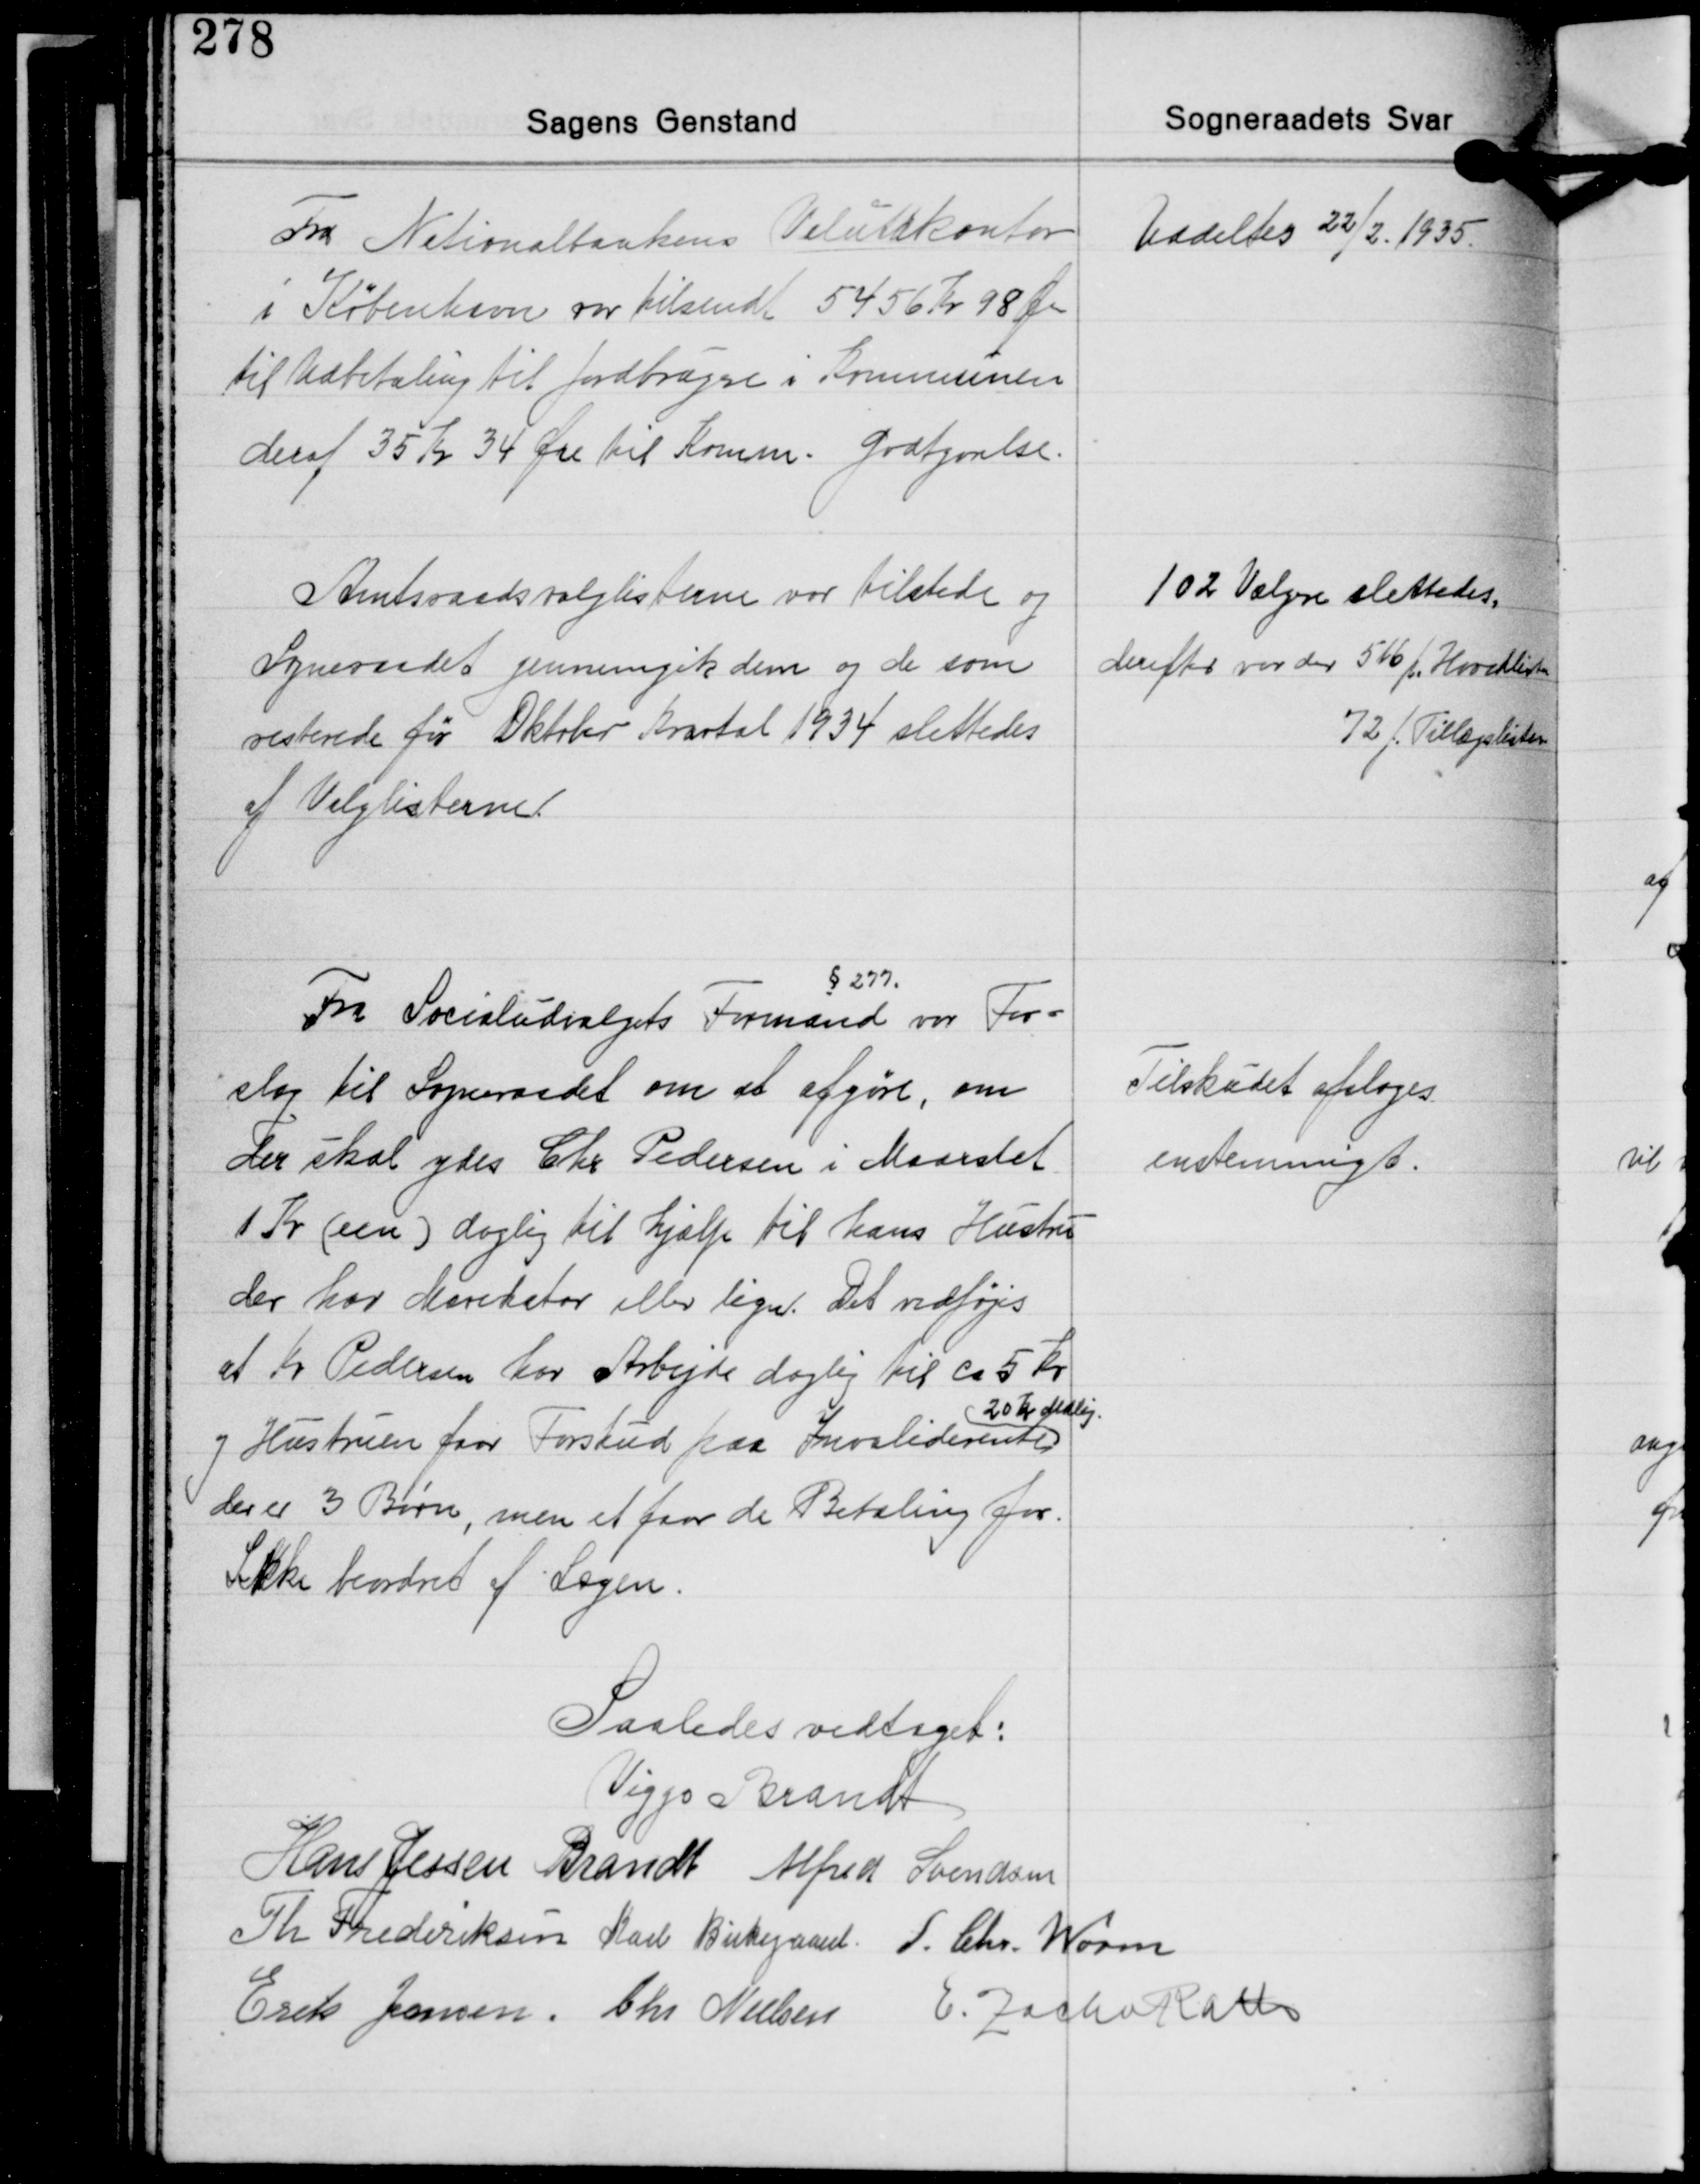
Transskription:
Fra Nationalbankens Valutakontor
i København var tilsendt 5456 Kr. 98 Øre
til Udbetaling til Jordbrugere i Kommunen
deraf 35 Kr. 34 Øre til Komm. Godtgørelse.

Uddeltes 22/2 1935

Amtsraadsvalglisterne var tilstede og
Sogneraadet gennemgik dem og de som
resterede før Oktober Kvartal 1934 slettedes
af Valglisterne

102 Vælgere slettedes,
derefter var der 516 f. Hovedlisten
72 f. Tillægslisten

§ 277
Fra Socialudvalgets Formand var For-
slag til Sogneraadet om at afgøre, om
der skal ydes Chr. Pedersen i Maarslet
1 Kr. (een) daglig til hjælp til hans Hustru
der har Mavekatar eller lign. Det vedføjes
af Chr. Pedersen har Arbejde daglig til ca. 5 Kr.
20 Kr Mdlig.
og Hustruen faar Forskud paa Invaliderente
der er 3 Børn, men et faar de Betaling for.
Sikke beordret af Lægen.

Tilskudet afsloges
enstemmigt.

Saaledes vedtaget:
Viggo Brandt
Hans Jessen Brandt Alfred Svendsen
Th. Frederiksen Karl Birkegaard S. Chr. Worm
Erik Jensen Chr. Nielsen E. Zacho Rath